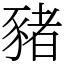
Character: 豬